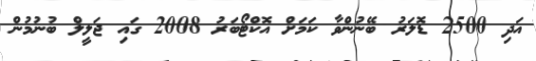
އަދި 2500 ޑޮލަރު ބޭނުންވާ ކަމަށް އޮކްޓޯބަރު 2008 ގައި ޖަލީލް ބުނުމުން